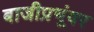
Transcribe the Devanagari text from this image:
बाजीप्रभूंवर